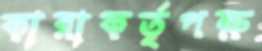
কারাকর্তৃপক্ষ